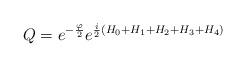
LaTeX: \begin{align*}Q = e^{-{\varphi\over 2}}e^{{i\over 2}\left(H_0+H_1+H_2+H_3+H_4\right)}\end{align*}